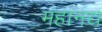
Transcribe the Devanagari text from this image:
महानद्य